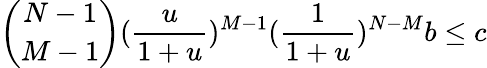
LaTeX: \binom{N-1}{M-1}(\frac{u}{1+u})^{M-1}(\frac{1}{1+u})^{N-M}b\leq c